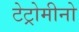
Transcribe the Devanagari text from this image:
टेट्रोमीनो